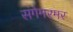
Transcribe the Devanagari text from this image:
संगेमरमर